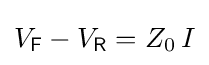
V_{\mathsf {F}}-V_{\mathsf {R}}=Z_{0}\,I